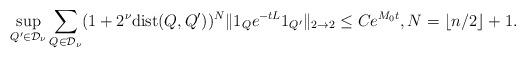
LaTeX: \begin{align*}\sup_{Q'\in \mathcal{D}_\nu}\sum_{Q\in \mathcal{D}_\nu} (1+2^\nu {\rm dist}(Q,Q'))^{N}\|1_Q e^{-tL}1_{Q'}\|_{2\to 2} \leq Ce^{M_{0}t}, N=\lfloor n/2\rfloor+1.\end{align*}